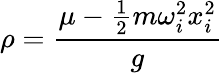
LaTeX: \rho=\frac{\mu-\frac{1}{2}m\omega_{i}^{2}x_{i}^{2}}{g}